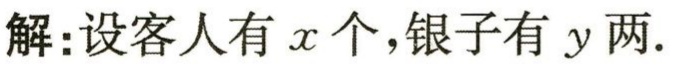
解：设客人有\(x\)个，银子有\(y\)两.